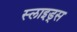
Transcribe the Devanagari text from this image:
स्‍लाइड्स